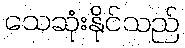
သေဆုံးနိုင်သည်